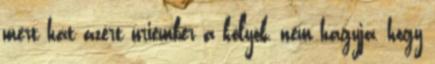
mert hát azért úriember a kölyök, nem hagyja, hogy